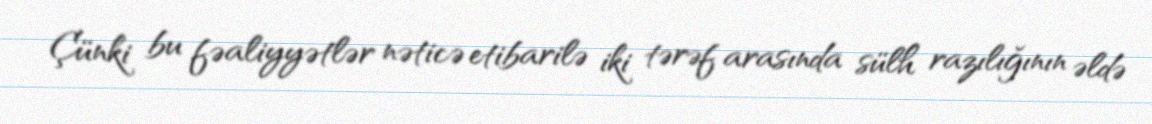
Çünki bu fəaliyyətlər nəticə etibarilə iki tərəf arasında sülh razılığının əldə